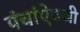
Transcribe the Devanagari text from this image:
पंचांऐवजी